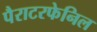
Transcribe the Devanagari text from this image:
पैराटरफेनिल